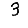
Digit: 3